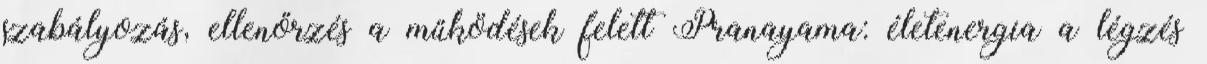
szabályozás, ellenőrzés a működések felett Pranayama: életenergia a légzés